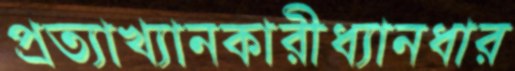
প্রত্যাখ্যানকারীধ্যানধার